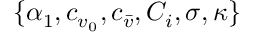
\{ \alpha _ { 1 } , c _ { { v } _ { 0 } } , c _ { { \bar { v } } } , { C } _ { i } , \sigma , \kappa \}